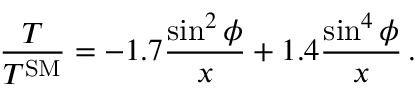
\frac { T } { T ^ { \mathrm { S M } } } = - 1 . 7 \frac { \sin ^ { 2 } \phi } { x } + 1 . 4 \frac { \sin ^ { 4 } \phi } { x } \, .